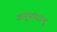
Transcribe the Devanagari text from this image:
अनुसंधान्